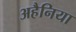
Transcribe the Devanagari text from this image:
अहैनिया